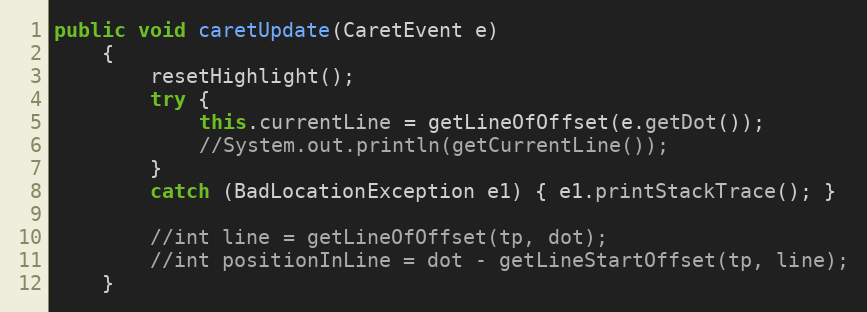
Language: Java
public void caretUpdate(CaretEvent e)
	{
		resetHighlight();
		try {
			this.currentLine = getLineOfOffset(e.getDot());
			//System.out.println(getCurrentLine());
		}
		catch (BadLocationException e1) { e1.printStackTrace(); }

		//int line = getLineOfOffset(tp, dot);
	    //int positionInLine = dot - getLineStartOffset(tp, line);
	}